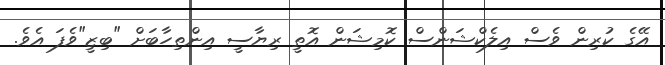
އޭގެ ކުރިން ވެސް އިލެކްޝަންސް ކޮމިޝަން އޮތީ ރިޔާސީ އިންތިހާބަށް "ބިޒީ"ވެފަ އެވެ.